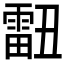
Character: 𰀞